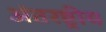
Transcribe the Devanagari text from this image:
अंतरष्ट्रीय